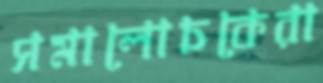
সমালোচকেরা